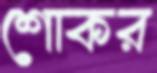
শোকর